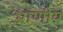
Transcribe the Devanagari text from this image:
भ्राणीय